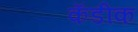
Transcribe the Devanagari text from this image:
कॅडीक